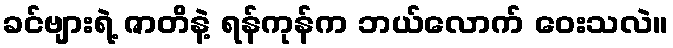
ခင်ဗျားရဲ့ ဇာတိနဲ့ ရန်ကုန်က ဘယ်လောက် ဝေးသလဲ။